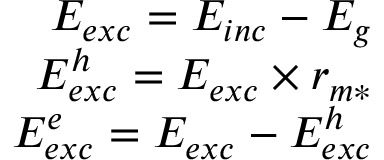
\begin{array} { r } { E _ { e x c } = E _ { i n c } - E _ { g } } \\ { E _ { e x c } ^ { h } = E _ { e x c } \times r _ { m * } } \\ { E _ { e x c } ^ { e } = E _ { e x c } - E _ { e x c } ^ { h } } \end{array}